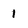
Character: 1